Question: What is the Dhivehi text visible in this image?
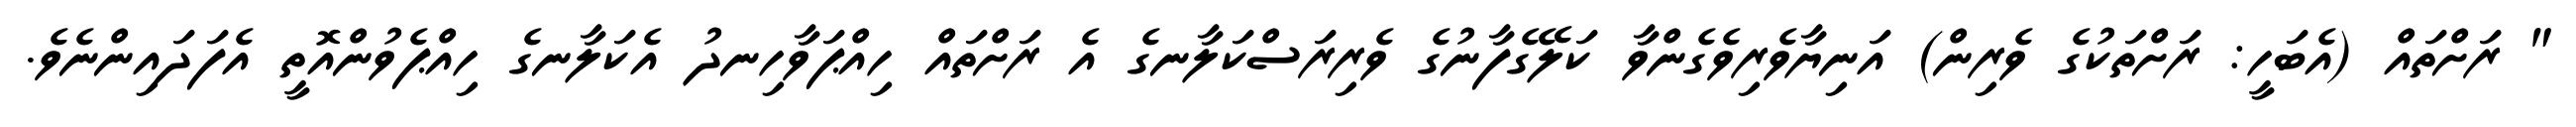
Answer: " ރަށްތައް (އެބަހީ: ރަށްތަކުގެ ވެރިން) އަނިޔާވެރިވެގެންވާ ކަލޭގެފާނުގެ ވެރިރަސްކަލާނގެ އެ ރަށްތައް ހިއްޕަވާހިނދު އެކަލާނގެ ހިއްޕެވުންއޮތީ އެފަދައިންނެވެ.